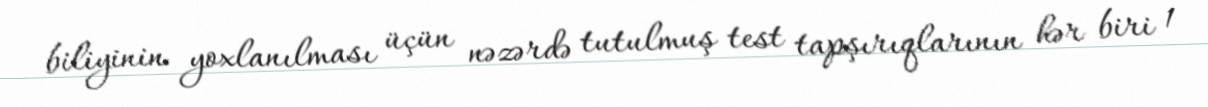
biliyinin yoxlanılması üçün nəzərdə tutulmuş test tapşırıqlarının hər biri 1